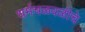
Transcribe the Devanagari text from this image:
धर्मचळवळीचे